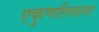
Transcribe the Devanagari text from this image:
एकुणतिसावा